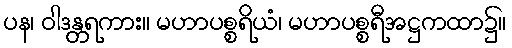
ပန၊ ဝါဒန္တရကား။ မဟာပစ္စရိယံ၊ မဟာပစ္စရီအဋ္ဌကထာ၌။